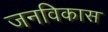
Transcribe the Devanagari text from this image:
जनविकास